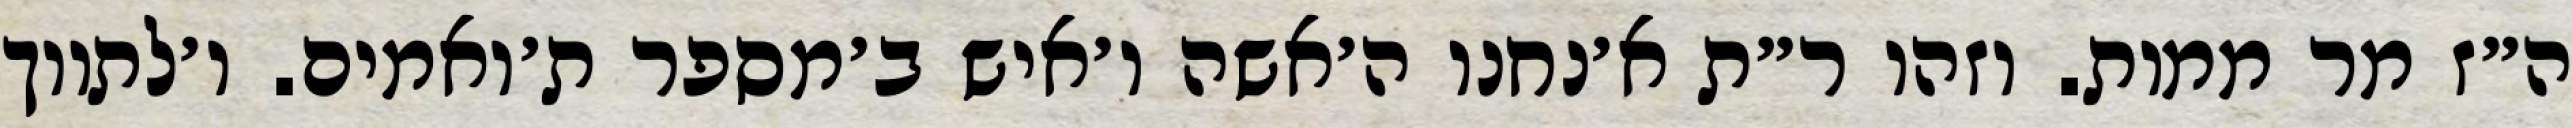
ה״ז מר ממות. וזהו ר״ת א׳נחנו ה׳אשה ו׳איש ב׳מספר ת׳ואמים. ו׳לתווך